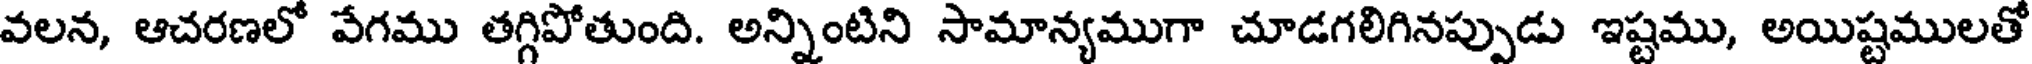
వలన, ఆచరణలో వేగము తగ్గిపోతుంది. అన్నింటిని సామాన్యముగా చూడగలిగినప్పుడు ఇష్టము, అయిష్టములతో